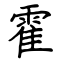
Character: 霍